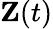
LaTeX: \mathbf{Z}(t)